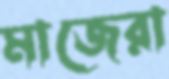
মাজেরা